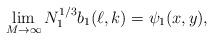
LaTeX: \begin{align*}\lim_{M\to\infty} N_1^{1/3}b_1(\ell,k)=\psi_1(x,y),\end{align*}